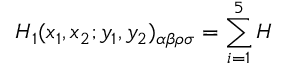
{ \cal H } _ { 1 } ( x _ { 1 } , x _ { 2 } ; y _ { 1 } , y _ { 2 } ) _ { \alpha \beta \rho \sigma } = \sum _ { i = 1 } ^ { 5 } { \cal H }